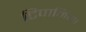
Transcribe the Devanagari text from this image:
टिपानिया